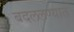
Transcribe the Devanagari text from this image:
बदललण्यात